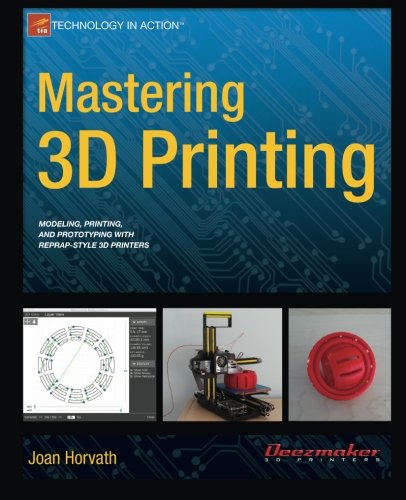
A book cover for Mastering 3D Printing (Technology in Action); Joan Horvath; Engineering & Transportation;